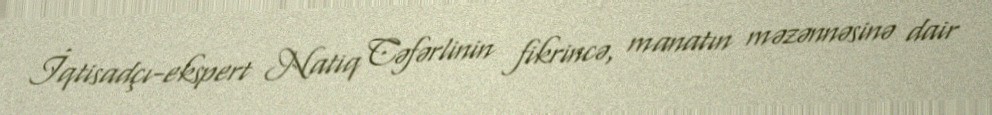
İqtisadçı-ekspert Natiq Cəfərlinin fikrincə, manatın məzənnəsinə dair